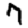
Digit: 7